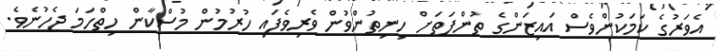
އެވަރުގެ ކަމަކުންވެސް އައިޒަންގެ ތުންފަތަށް ހިނިތުންވުން ވެރިވެފައި ހުރުމުން މުސްކާން ހިތްހަމަ ޖެހުނެވެ.